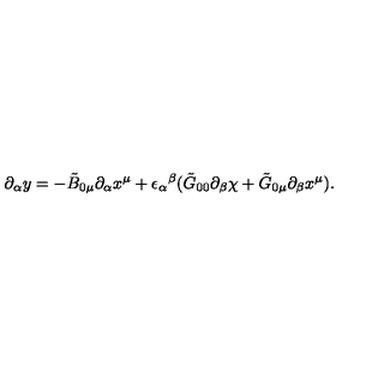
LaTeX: \partial _ { \alpha } y = - \tilde { B } _ { 0 \mu } \partial _ { \alpha } x ^ { \mu } + { \epsilon _ { \alpha } } ^ { \beta } ( \tilde { G } _ { 0 0 } \partial _ { \beta } \chi + \tilde { G } _ { 0 \mu } \partial _ { \beta } x ^ { \mu } ) .